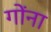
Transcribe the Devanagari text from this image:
गोंना